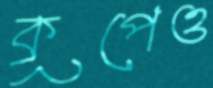
কূপেও